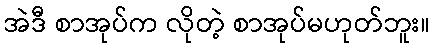
အဲဒီ စာအုပ်က လိုတဲ့ စာအုပ်မဟုတ်ဘူး။